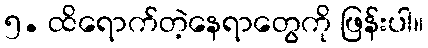
၅. ထိရောက်တဲ့နေရာတွေကို ဖြန်းပါ။